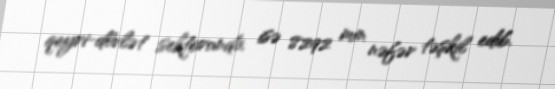
qeyri-dövlət sektorunda isə 8292 min nəfər təşkil edib.